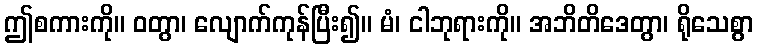
ဤစကားကို။ ဝတွာ၊ လျောက်ကုန်ပြီး၍။ မံ၊ ငါဘုရားကို။ အဘိတိဒေတွာ၊ ရိုသေစွာ